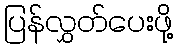
ပြန်လွှတ်ပေးဖို့